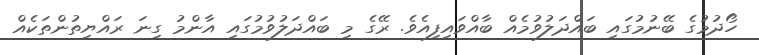
ހޯދުމުގެ ބޭނުމުގައި ބައްދަލުވުމެއް ބާއްވައިފިއެވެ. ރޭގެ މި ބައްދަލުވުމުގައި އާންމު ގިނަ ރައްޔިތުންތަކެއް